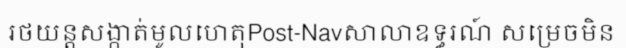
រថយន្តសង្កាត់មូលហេតុPost-Navសាលាឧទ្ធរណ៍ សម្រេចមិន